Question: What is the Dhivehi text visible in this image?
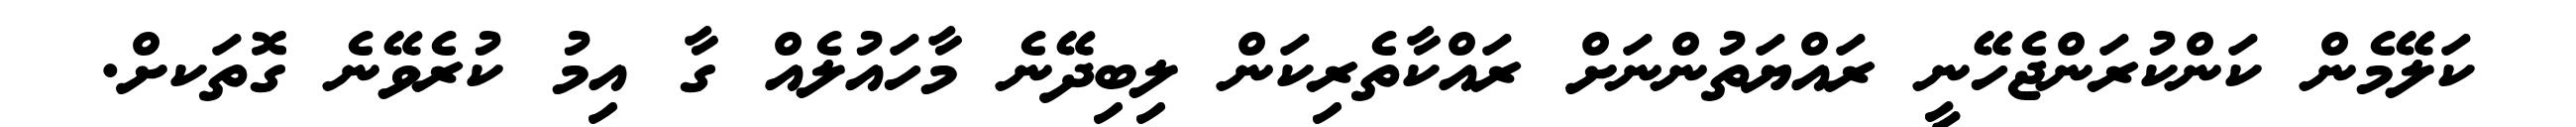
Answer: ކަލޭމެން ކަންކުރަންޖެހޭނީ ރައްޔަތުންނަށް ރައްކާތެރިކަން ލިބިދޭނެ މާހައުލެއް ގާ އިމު ކުރެވޭނެ ގޮތަކށް.